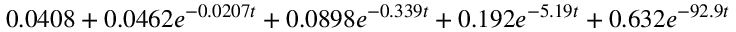
0 . 0 4 0 8 + 0 . 0 4 6 2 e ^ { - 0 . 0 2 0 7 t } + 0 . 0 8 9 8 e ^ { - 0 . 3 3 9 t } + 0 . 1 9 2 e ^ { - 5 . 1 9 t } + 0 . 6 3 2 e ^ { - 9 2 . 9 t }